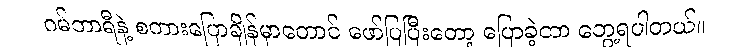
ဂမ်ဘာရီနဲ့ စကားပြောချိန်မှာတောင် ဖော်ပြပြီးတော့ ပြောခဲ့တာ တွေ့ရပါတယ်။